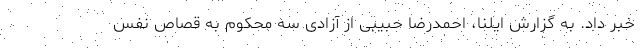
خبر داد. به گزارش ایلنا، احمدرضا حبیبی از آزادی سه محکوم به قصاص نفس